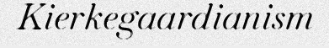
Kierkegaardianism